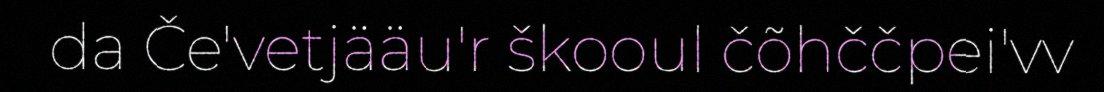
da Če'vetjääu'r škooul čõhččpei'vv